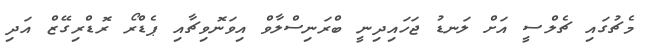
މެޗުގައި ޗެލްސީ އަށް ލަނޑު ޖަހައިދިނީ ބްރަނިސްލާވް އިވަނޮވިޗާއި ޕެޑްރޯ ރޮޑްރިގޭޒް އަދި